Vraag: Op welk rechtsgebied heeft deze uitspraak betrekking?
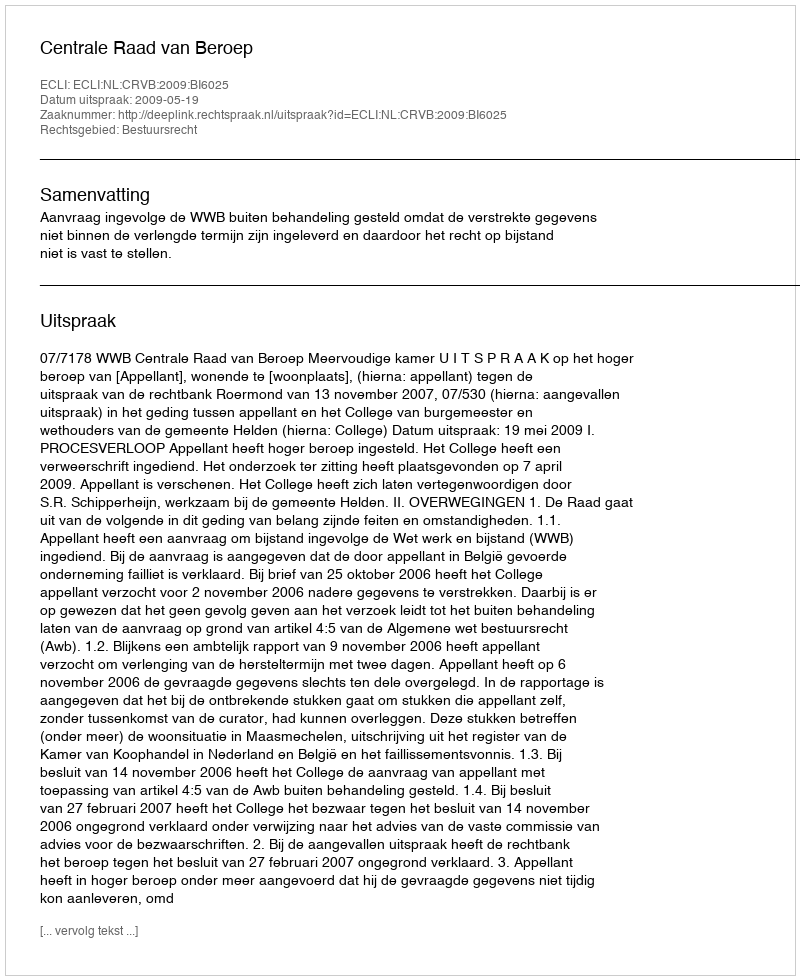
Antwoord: Bestuursrecht